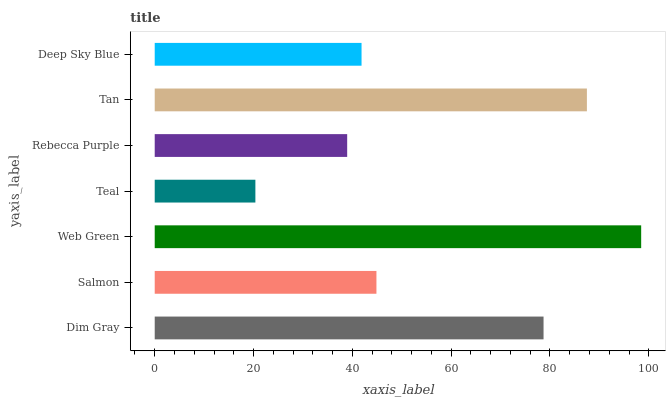
| yaxis_label | bars |
 | --- | --- |
 | Dim Gray | 78.7 |
 | Salmon | 44.9 |
 | Web Green | 98.5 |
 | Teal | 20.4 |
 | Rebecca Purple | 39 |
 | Tan | 87.5 |
 | Deep Sky Blue | 41.9 |